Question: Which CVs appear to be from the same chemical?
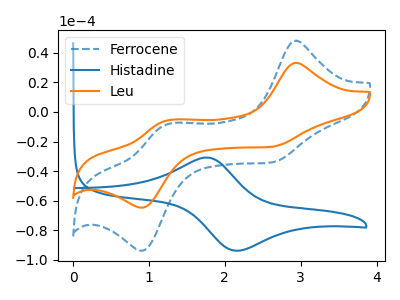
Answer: <think>The blue dashed curve "Ferrocene" has anodic peaks at (2.90V, 48.10uA) (1.25V, -8.40uA) and cathodic peaks at (2.60V, -34.25uA) (0.90V, -93.80uA). The blue curve "Histadine" has an anodic peak at (1.75V, -30.85uA) and a cathodic peak at (2.15V, -93.80uA). The orange curve "Leu" has anodic peaks at (2.90V, 33.20uA) (1.25V, -5.80uA) and cathodic peaks at (2.60V, -23.65uA) (0.90V, -64.70uA).
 "Ferrocene" and "Histadine" have a different number of peaks. All the peaks in "Ferrocene" have a peak in "Leu" at the same potential. "Histadine" and "Leu" have a different number of peaks.</think>
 <answer>"Ferrocene" and "Leu" have the same shape and are likely CV's of the same chemical.</answer>
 <eval>"Ferrocene" "Leu"</eval>